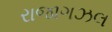
રાજાગઝલ